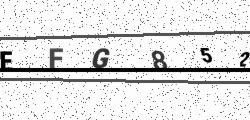
Text: EFG852